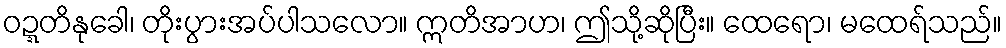
ဝဍ္ဍတိနုခေါ၊ တိုးပွားအပ်ပါသလော။ ဣတိအာဟ၊ ဤသို့ဆိုပြီး။ ထေရော၊ မထေရ်သည်။